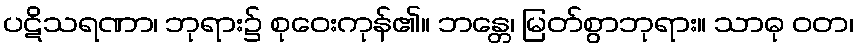
ပဋိသရဏာ၊ ဘုရား၌ စုဝေးကုန်၏။ ဘန္တေ၊ မြတ်စွာဘုရား။ သာဓု ဝတ၊